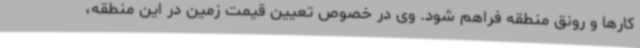
کارها و رونق منطقه فراهم شود. وی در خصوص تعیین قیمت زمین در این منطقه،